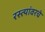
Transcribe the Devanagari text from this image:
रस्त्यांवरचे